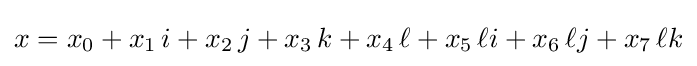
x=x_{0}+x_{1}\,i+x_{2}\,j+x_{3}\,k+x_{4}\,\ell +x_{5}\,\ell i+x_{6}\,\ell j+x_{7}\,\ell k